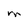
Character: M